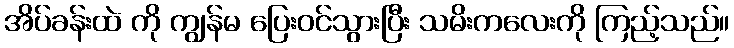
အိပ်ခန်းထဲ ကို ကျွန်မ ပြေးဝင်သွားပြီး သမိးကလေးကို ကြည့်သည်။